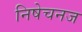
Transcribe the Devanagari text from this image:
निषेचनज